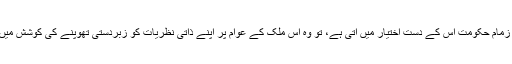
جیسے ہی ملک کی زمام حکومت اس کے دست اختیار میں آتی ہے، تو وہ اس ملک کے عوام پر اپنے ذاتی نظریات کو زبردستی تھوپنے کی کوشش میں منہمک ہوجاتا ہے۔